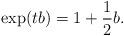
LaTeX: \begin{align*}\exp(tb)=1+\frac{1}{2}b .\end{align*}